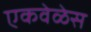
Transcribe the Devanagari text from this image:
एकवेळेस